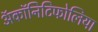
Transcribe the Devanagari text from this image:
ॲकॉनिटिफोलिया